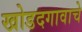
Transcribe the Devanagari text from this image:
खोडदगावाचे